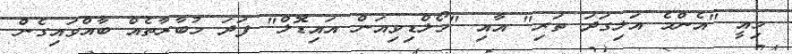
މިއީ "އެންމެ އަލިގަދަ ތަރި" އާއި "މޯލްޑިވިއަން އައިޑޮލް" ފަދަ މުބާރާތެއް ބާއްވައިގެން